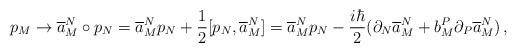
LaTeX: \begin{align*}p_{M}\to \overline{a}^{N}_{M}\circ p_{N}=\overline{a}^{N}_{M}p_{N}+\frac{1}{2}[p_{N},\overline{a}^{N}_{M}]= \overline{a}^{N}_{M}p_{N}-\frac{i\hbar}{2}(\partial_{N}\overline{a}^{N}_{M}+b^{P}_{M}\partial_{P}\overline{a}^{N}_{M})\,,\end{align*}